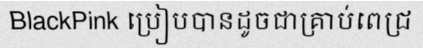
BlackPink ប្រៀបបានដូចជាគ្រាប់ពេជ្រ